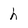
Character: h